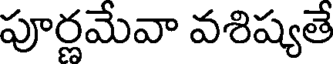
పూర్ణమేవా వశిష్యతే